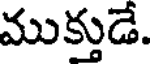
ముక్తుడే.